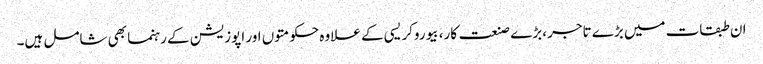
ان طبقات میں بڑے تاجر ،بڑے صنعت کار، بیوروکریسی کے علاوہ حکومتوں اور اپوزیشن کے رہنما بھی شامل ہیں۔